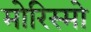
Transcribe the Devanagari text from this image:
मोरिस्मो